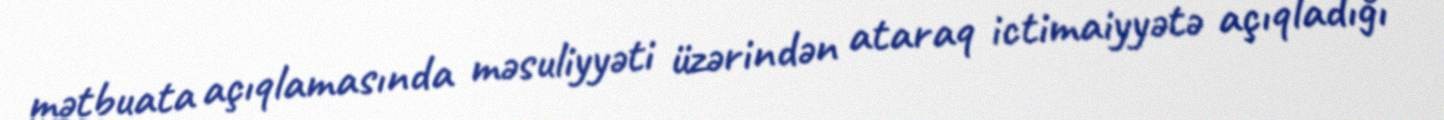
mətbuata açıqlamasında məsuliyyəti üzərindən ataraq ictimaiyyətə açıqladığı